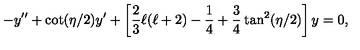
- y ^ { \prime \prime } + \cot ( \eta / 2 ) y ^ { \prime } + \left[ \frac { 2 } { 3 } \ell ( \ell + 2 ) - \frac { 1 } { 4 } + \frac { 3 } { 4 } \tan ^ { 2 } ( \eta / 2 ) \right] y = 0 ,